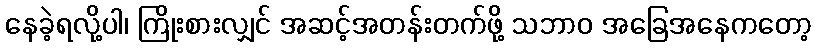
နေခဲ့ရလို့ပါ၊ ကြိုးစားလျှင် အဆင့်အတန်းတက်ဖို့ သဘာဝ အခြေအနေကတော့